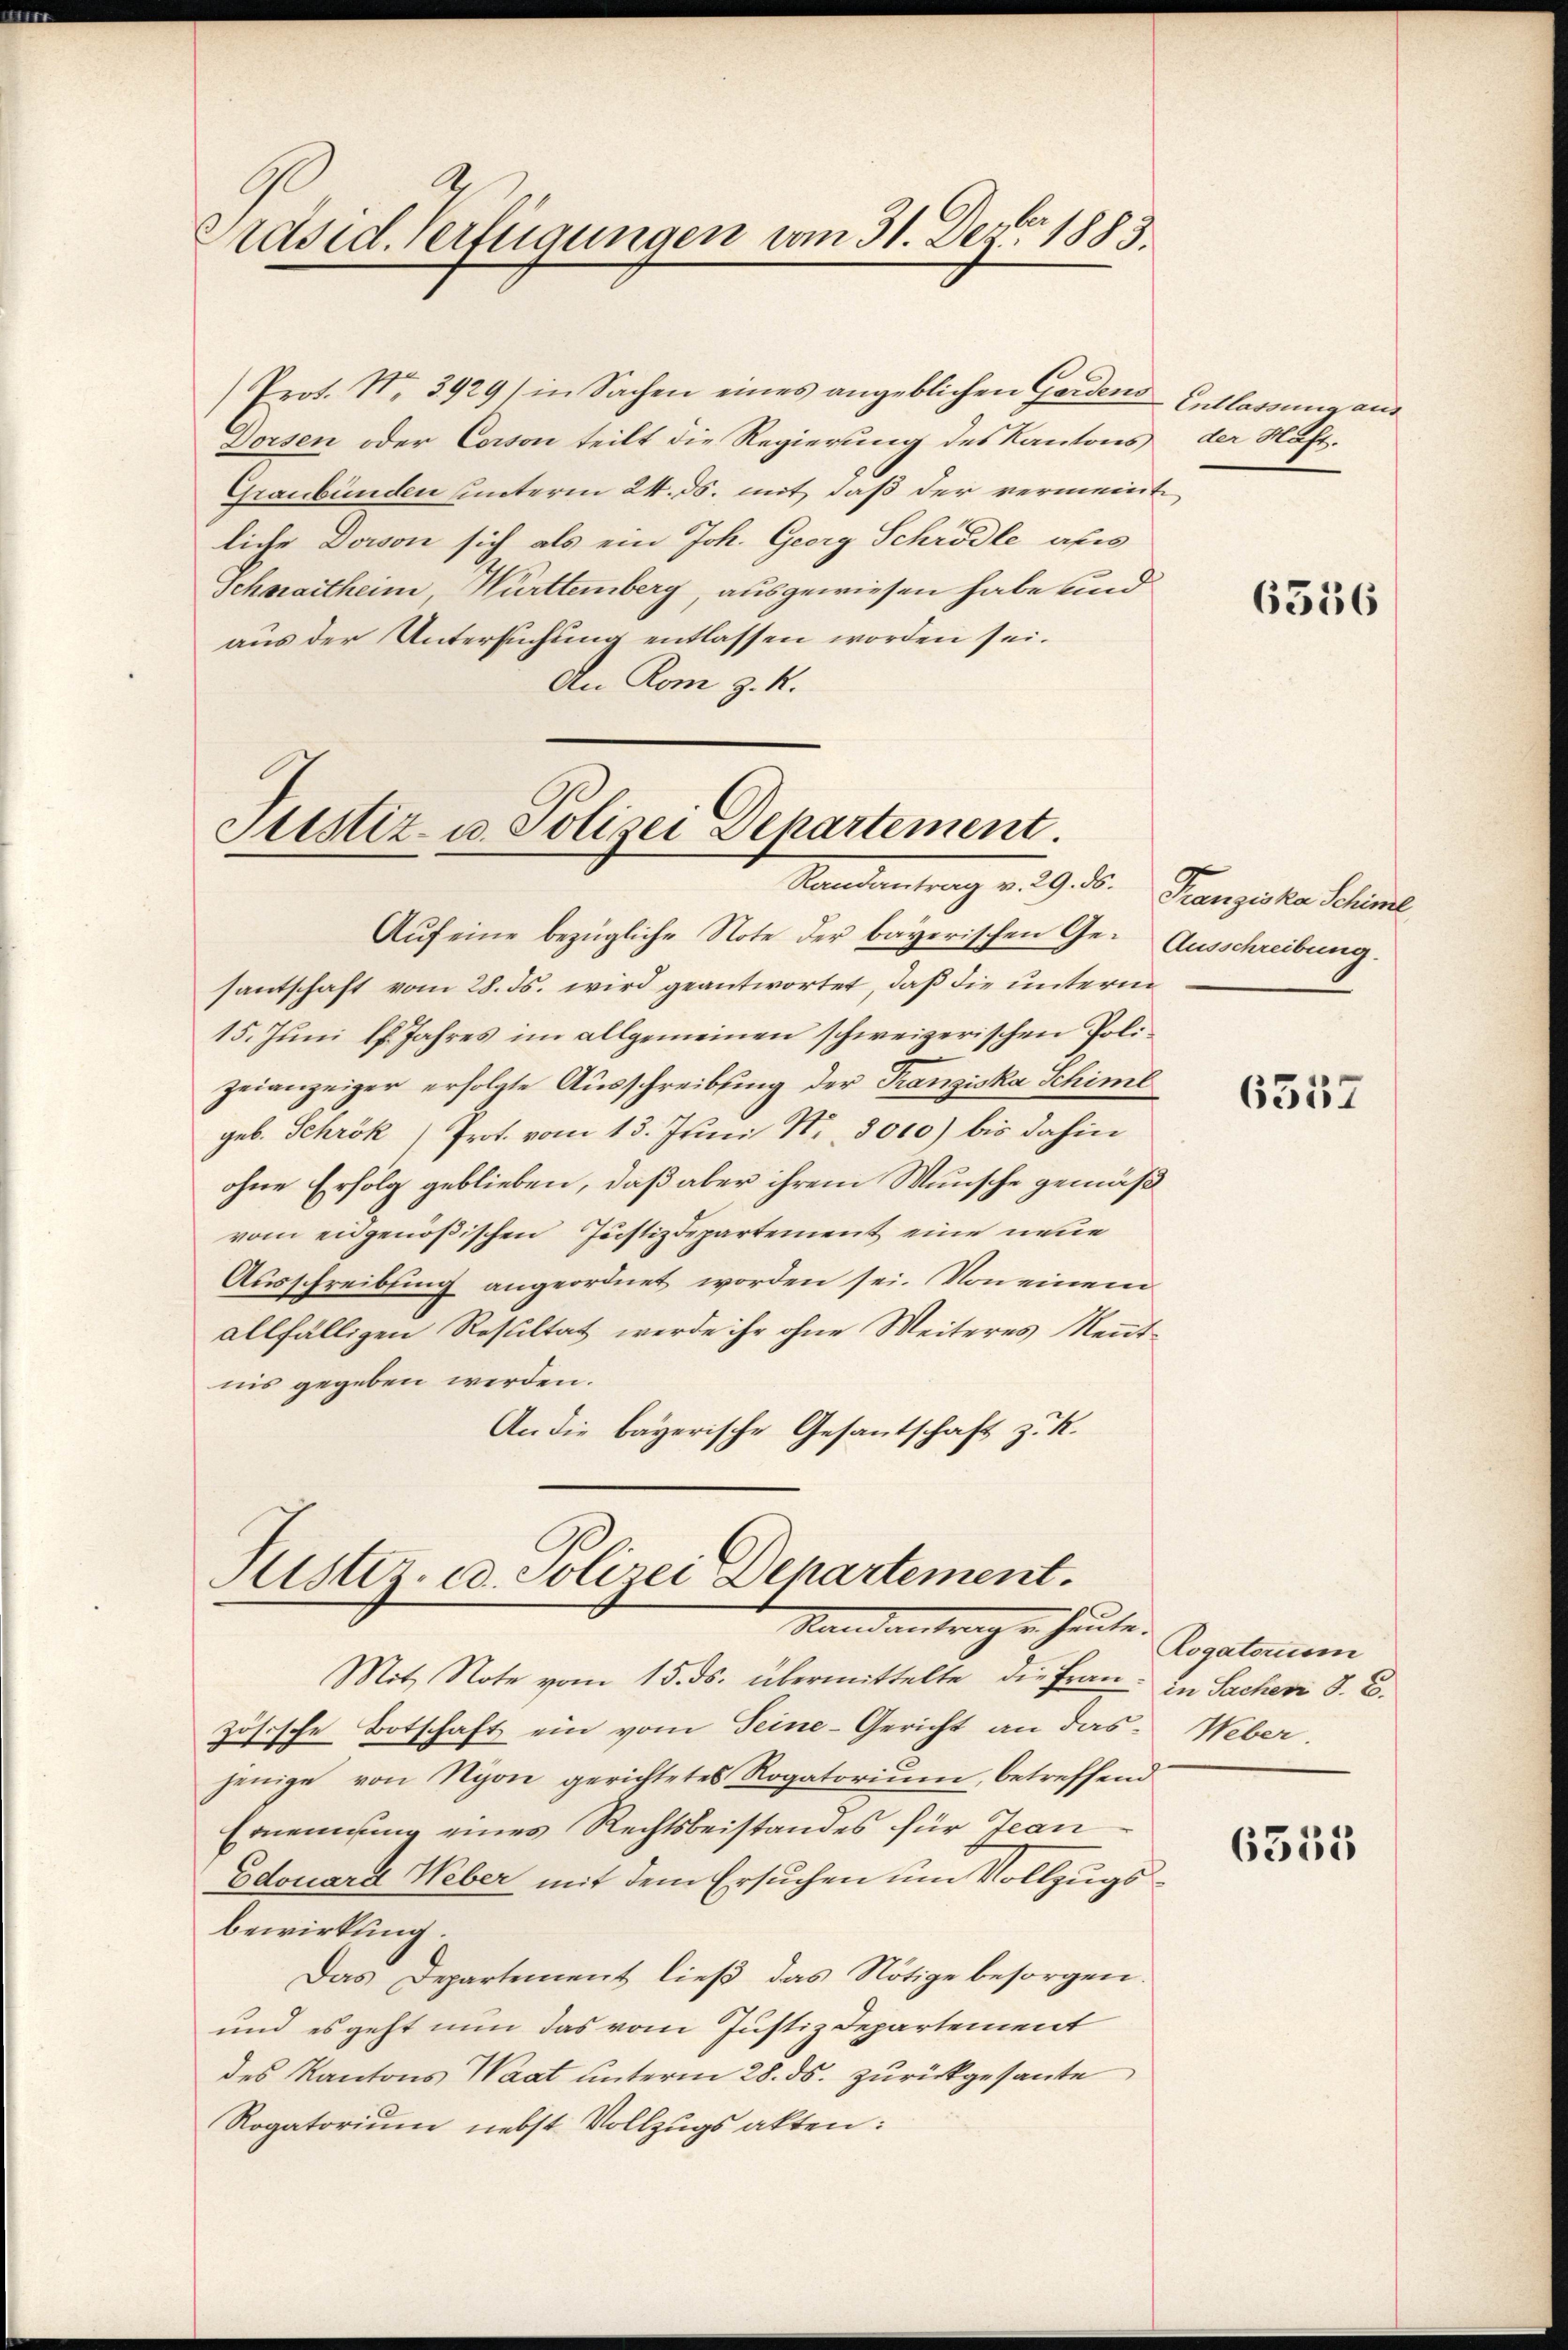
Präsid. Verfügungen vom 31. Dez. 1883.

Prot. Nr. 3929/ in Sachen eines angeblichen Gardens-Entlassung aus
Dorsen oder Corson teilt die Regierung des Kantons
Graubünden unterm 24. ds. mit, daß der vermeinte
liche Dovon sich als ein Joh. Georg Schrödle als
Schwaitheim Württemberg, ausgewiesen habe und
aus der Untersuchung entlassen worden sei.
An Rom z. R.

Justiz- u. Polizei Departement.
Standentrag v. 9. d.

Justiz- u. Polizei Departement.
Randantrag u. heute.

der Haft.

Auf eine bezügliche Note der bayerischen Ge- Ausschreibung
santschaft vom 28. ds. wird geantwortet, daß die unterm
15. Jŭni l. Jahres im allgemeinen schweizerischen Poli-
zeianzeiger erfolgte Ausschreibung der Franziska Schimt
geb. Schrök) Prot. vom 13. Juni Nr. 8000) bis dahin
ohne Erfolg geblieben, daß aber ihrem Wunsche gemäß
vom eingenößischen Justizdepartement eine neue
Ausschreibung angeordnet worden sei. Von einem
allfälligen Resultat werde ihr ohne Weiteres Kenntnis gegeben werden.
An die bayerische Gesantschaft z. K.

Mit Note vom 15. ds. übermittelte die Frau. In Sachen d. E.
zösische Botschaft ein vom Seine-Gericht an das Weber,
jenige von Nyon gerichtetes Rogatoriŭm, betreffend
Ernennung eines Rechtsbeistandes für Jean
Edouard Weber mit dem Ersuchen um Vollzugsbewirkung.
Das Departement ließ das Nötige besorgen
und es geht nun das vom Justiz Departement
des Kantons Waat unterm 28. ds. zurückgesante
Rogatorium nebst Vollzugsakten:

6556

Franziska Schiml

6557

Rogatorum

6353